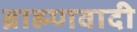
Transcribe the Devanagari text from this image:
ब्राह्म्णवादी